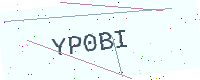
Text: YP0BI